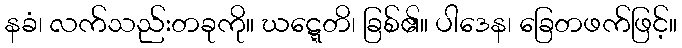
နခံ၊ လက်သည်းတခုကို။ ဃဋ္ဋေတိ၊ ခြစ်၏။ ပါဒေန၊ ခြေတဖက်ဖြင့်။